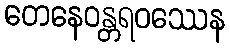
တေနေဝန္တရဝဿေန